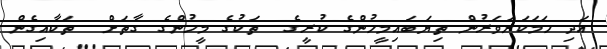
އަދި ހަމަކަށަވަރުން ތިޔަބައިމީހުންގެ ކުރީގެ  ތަކުގެ މީހުންގެ ގާތަށް  ތަކާއިގެން